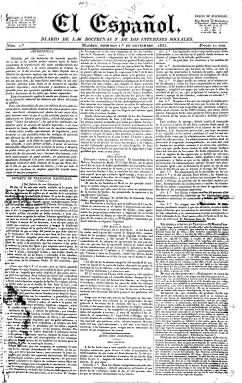
Título: El Español (Madrid. 1835)
Colección: Periódicos anteriores a 1850
Ámbito geográfico: Madrid
Lugar de publicación: Madrid
Fechas: 01/11/1835-16/04/1848

Con la asunción de la Regencia de María Cristina por la minoría de edad de Isabel II y el proceso de transición al Estado liberal, el periodismo español va a dar un salto cualitativo de madurez que lo situará a nivel europeo. Si los liberales progresistas habían fundado su gran diario –Eco del comercio- en 1834 en torno a Fermín Caballero, entre otros, un año después Andrés Borrego (1802-1891) hará lo propio impulsando el gran diario del liberalismo moderado y reformador, que comenzará a editarse el uno de noviembre de 1835.

Para ello se constituirá la primera empresa editorial de la prensa española, que bajo la fórmula de Sociedad Anónima se denominará Compañía Tipográfica, cuyo capital será aportado por nobles y terratenientes, con especial intervención de Gaspar Remisa, que dispondrá de talleres propios, a cargo de C. Wood, con la más moderna maquinaria procedente de Londres. Borrego,  que como exiliado había trabajo en la prensa de París y Londres, incorporará un aire nuevo al periodismo español, por su innovación material, técnica e intelectual, con un periódico inspirado en el Times londinense, asimismo preocupado por las cuestiones sociales, pues no en vano El español se subtitulará “diario de las doctrinas y de los intereses sociales”, y adoptando un tono democrático, a juicio de María Cruz Seoane. Pero sobre todo será el vértice del periodismo “monárquico-constitucional”.

Un diario de cuatro páginas de gran formato (que irá variando), con tipografía pequeña,  a tres, a cinco y hasta seis columnas, que innovará además la publicidad y con una “ordenación rigurosa de los contenidos”, tal como señala Gómez Aparicio, que se constituirá en el modelo de la prensa informativo-política a lo largo de todo el siglo XIX, que también había adoptado en el campo del liberalismo progresista el Eco del comercio.

Ofrecerá una amplia y cuidada información política nacional e internacional a través de redactores propios y las crónicas de sus corresponsales en París, Londres y Lisboa y en las diversas provincias españolas. Insertará diariamente un artículo editorial así como otros de fondo y de colaboración. No faltarán nunca las cartas de los lectores y revistas de prensa nacional y extranjera. Tendrá secciones como Actos del gobierno, Extractos de periódicos, Espectáculos, Cortes, Bolsa, Correspondencia, Tribunales, Variedades, etc. Introducirá asimismo el folletín y dará también amplitud a la información económica y comercial, con el movimiento portuario, los precios de los mercados nacional e internacional, los fondos públicos, etc.

Borrego, un liberal conservador inteligente, no reaccionario y rara avis de la política española, tal como señala Seoane, dará un tono democrático al periódico incorporando a su redacción a una joven generación de periodistas españoles de un amplio espectro ideológico. Entre los redactores y colaboradores destacan Ignacio José Escobar, primer marqués de Valdeiglesias; el poeta José Zorrilla; el mismo Mariano José de Larra, que escribirá artículos de crítica teatral, literarios y de costumbres; carlistas como Francisco Navarro Villoslada y Gabino Tejado, o un moderado como Agustín Esteban Collantes, así como Manuel Flores Calderón, Saturnino Calderón Collantes, Santos López Rosas y Luis González Bravo. Entre sus colaboradores estarán Antonio Ríos Rosas, Juan Donoso Cortés, Luis José Sartorius (conde de San Luis), y José Espronceda, entre otros.

Ante el carácter independiente que Borrego pretende dar al periódico, si al principio apoya a Álvarez Mendizábal, pronto se mostrará contrario a su política y hará suya la crítica de Flórez Estrada a la desamortización. La Revolución de la Granja con la imposición de la Constitución de 1812 a la Reina Regente, llevará a Borrego a dimitir como director del diario el 15 de agosto de 1836, coincidiendo también con un cambio en el accionariado de la empresa y con su nombramiento como embajador en Londres por el ministerio de Francisco Javier Istúriz.

Tomarán entonces el mando del periódico dos progresistas, Juan José Carrasco y Manuel de Lis, pero a los pocos días será Collantes su nuevo director, al que le sucederá Villoslada, terminando el diario su primera época el 31 de diciembre de 1837, después de haber editado 790 números, a cuya desaparición ayuda no sólo la ausencia de Borrego sino también la presencia del otro diario moderado que había aparecido en junio de 1936: El mundo. Borrego, por su parte sacará otro periódico, El correo nacional (1838-1841), a través del que defenderá la Constitución de 1837.

El español tendrá una segunda época, haciéndolo reaparecer Borrego el uno de junio de 1845, con el número 289, es decir el siguiente al que le hubiera correspondido si lo hubiera seguido dirigiéndolo en su primera época. En esta ocasión saldrá de las imprentas de J. Ducazcal, de la Sociedad de Operarios y la propia de El Español. Aumentará sus corresponsales de provincias y del extranjero y llegará a incluir hasta cuatro folletines diarios. En esta época se mostrará contrario al conde de Montelín como futuro marido de Isabel II, pretendiente que era defendido por Jaime Balmes. Será ya un periódico doctrinario con la intención de promover un partido conservador. Dejará de publicarse durante quince días a partir del 18 de marzo de 1846, como protesta a la nueva ley de imprenta decretada por el ministerio de Ramón María Narváez, y desaparecerá definitivamente el 16 de abril de 1848, cuando el general Narváez regrese al poder, del que se había declarado opositor. Tras una existencia poco prolongada, el diario anuncia  su despedida indicando que Borrego sacará un nuevo periódico: El constitucional.

Otra de las innovaciones que introducirá Borrego a través de El español será el suplemento, como “revista de literatura, bellas artes y variedades”, de 16 páginas, al frente del cual estará Villoslada. En ella escribirán Juan Eugenio Hartzenbusch (crítica teatral), José Amador de los Ríos (historia), Manuel Cañete (política), así como el dramaturgo Luis Valladares Garriga y el académico Cayetano Rosell, entre otros.